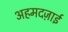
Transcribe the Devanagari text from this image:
अहमदज़ाई